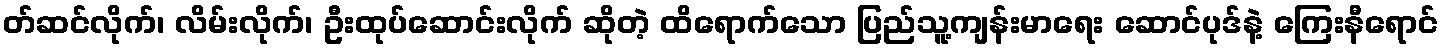
တ်ဆင်လိုက်၊ လိမ်းလိုက်၊ ဦးထုပ်ဆောင်းလိုက် ဆိုတဲ့ ထိရောက်သော ပြည်သူ့ကျန်းမာရေး ဆောင်ပုဒ်နဲ့ ကြေးနီရောင်